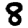
Digit: 8